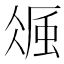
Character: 𧋚